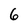
Character: 6